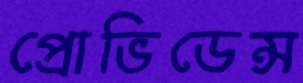
প্রোভিডেন্স